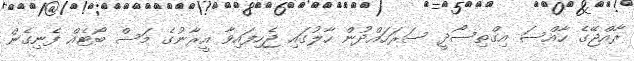
ރާއްޖޭގެ ހާއްސަ އިގްތިސޯދީ ސަރަހައްދުން ހާލުގައި ޖެހިފައިވާ އީރާނުގެ މަސް ބޯޓެއް ފެނިގެން